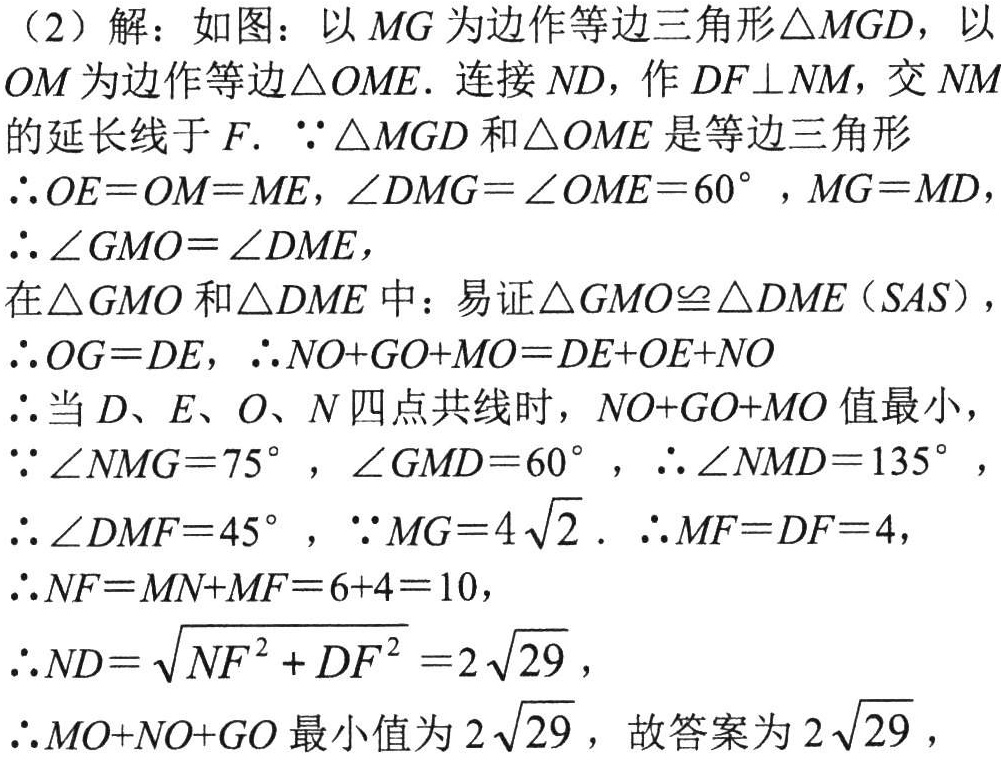
（2）解：如图：以 \(MG\) 为边作等边三角形\(\triangle MGD\)，以 \(OM\) 为边作等边\(\triangle OME\). 连接 \(ND\)，作 \(DF\perp NM\)，交 \(NM\) 的延长线于 \(F\). \(\because\triangle MGD\) 和\(\triangle OME\) 是等边三角形
\(\therefore OE = OM = ME\)，\(\angle DMG=\angle OME = 60^{\circ}\)，\(MG = MD\)，
\(\therefore\angle GMO=\angle DME\)，
在\(\triangle GMO\) 和\(\triangle DME\) 中：易证\(\triangle GMO\cong\triangle DME\)（\(SAS\)），
\(\therefore OG = DE\)，\(\therefore NO + GO+MO=DE + OE+NO\)
\(\therefore\)当 \(D\)、\(E\)、\(O\)、\(N\) 四点共线时，\(NO + GO+MO\) 值最小，
\(\because\angle NMG = 75^{\circ}\)，\(\angle GMD = 60^{\circ}\)，\(\therefore\angle NMD = 135^{\circ}\)，
\(\therefore\angle DMF = 45^{\circ}\)，\(\because MG = 4\sqrt{2}\). \(\therefore MF = DF = 4\)，
\(\therefore NF=MN + MF=6 + 4 = 10\)，
\(\therefore ND=\sqrt{NF^{2}+DF^{2}}=2\sqrt{29}\)，
\(\therefore MO + NO+GO\) 最小值为 \(2\sqrt{29}\)，故答案为 \(2\sqrt{29}\)，